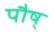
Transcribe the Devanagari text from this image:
पौष्